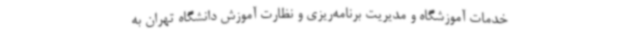
خدمات آموزشگاه و مدیریت برنامه‌ریزی و نظارت آموزش دانشگاه تهران به